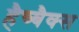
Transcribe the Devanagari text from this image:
हैच्बैक्स